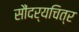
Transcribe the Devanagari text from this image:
सौंदर्यचित्र